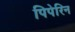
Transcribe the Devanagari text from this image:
पिपेरिन